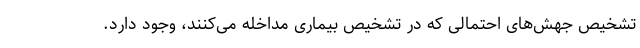
تشخیص جهش‌های احتمالی که در تشخیص بیماری مداخله می‌کنند، وجود دارد.